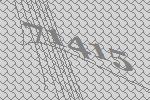
71415